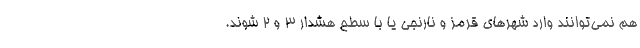
هم نمی‌توانند وارد شهرهای قرمز و نارنجی یا با سطح هشدار ۳ و ۲ شوند.